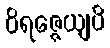
ဝိရဇ္ဇေယျပိ